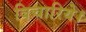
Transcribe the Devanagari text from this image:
बिचारिये।